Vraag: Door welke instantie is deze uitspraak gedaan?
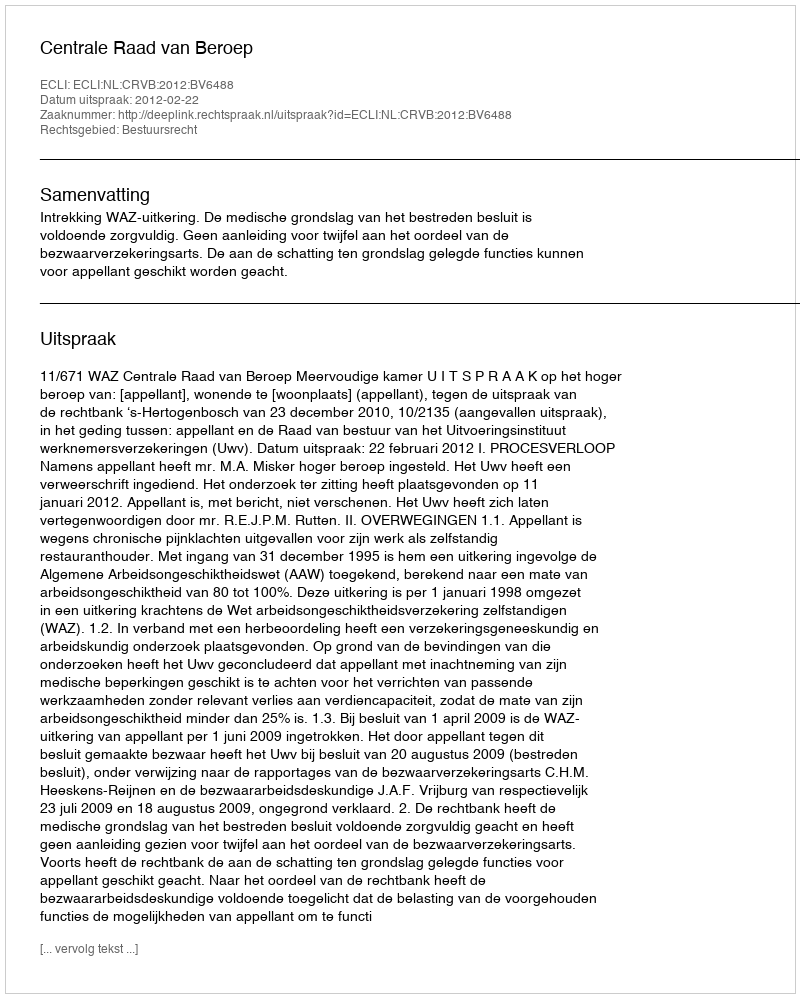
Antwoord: Centrale Raad van Beroep